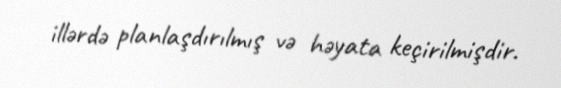
illərdə planlaşdırılmış və həyata keçirilmişdir.